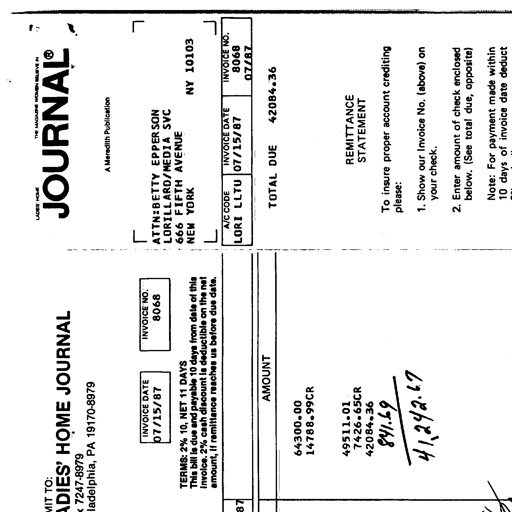
LADIES' HOME THE MAGAZINE WOMEN BELIEVE IN JOURNAL® A Meredith Publication REMIT TO: LADIES' HOME JOURNAL P. O. BOX 7247-8979 Philadelphia, PA 19170-8979 ATTN:BETTY EPPERSON LORILLARD/MEDIA SVC 666 FIFTH AVENUE NEW YORK NY 10103 INVOICE DATE 07/15/87 INVOICE NO. 8068 A/C CODE INVOICE DATE INVOICE NO. LORI LLTU 07/15/87 8068 07/87 TERMS: 2% 10, NET 11 DAYS TOTAL DUE 42084.36 This bill is due and payable 10 days from date of this invoice. 2% cash discount is deductible on the net amount, if remittance reaches us before due date. AMOUNT REMITTANCE STATEMENT To insure proper account crediting please: 64300.00 14788.99CR 1. Show our Invoice No. (above) on your check. 49511.01 7426.65CR 2. Enter amount of check enclosed below. (See total due, opposite) 42084.36 841.69 Note: For payment made within 10 days of invoice date deduct 41,242.67